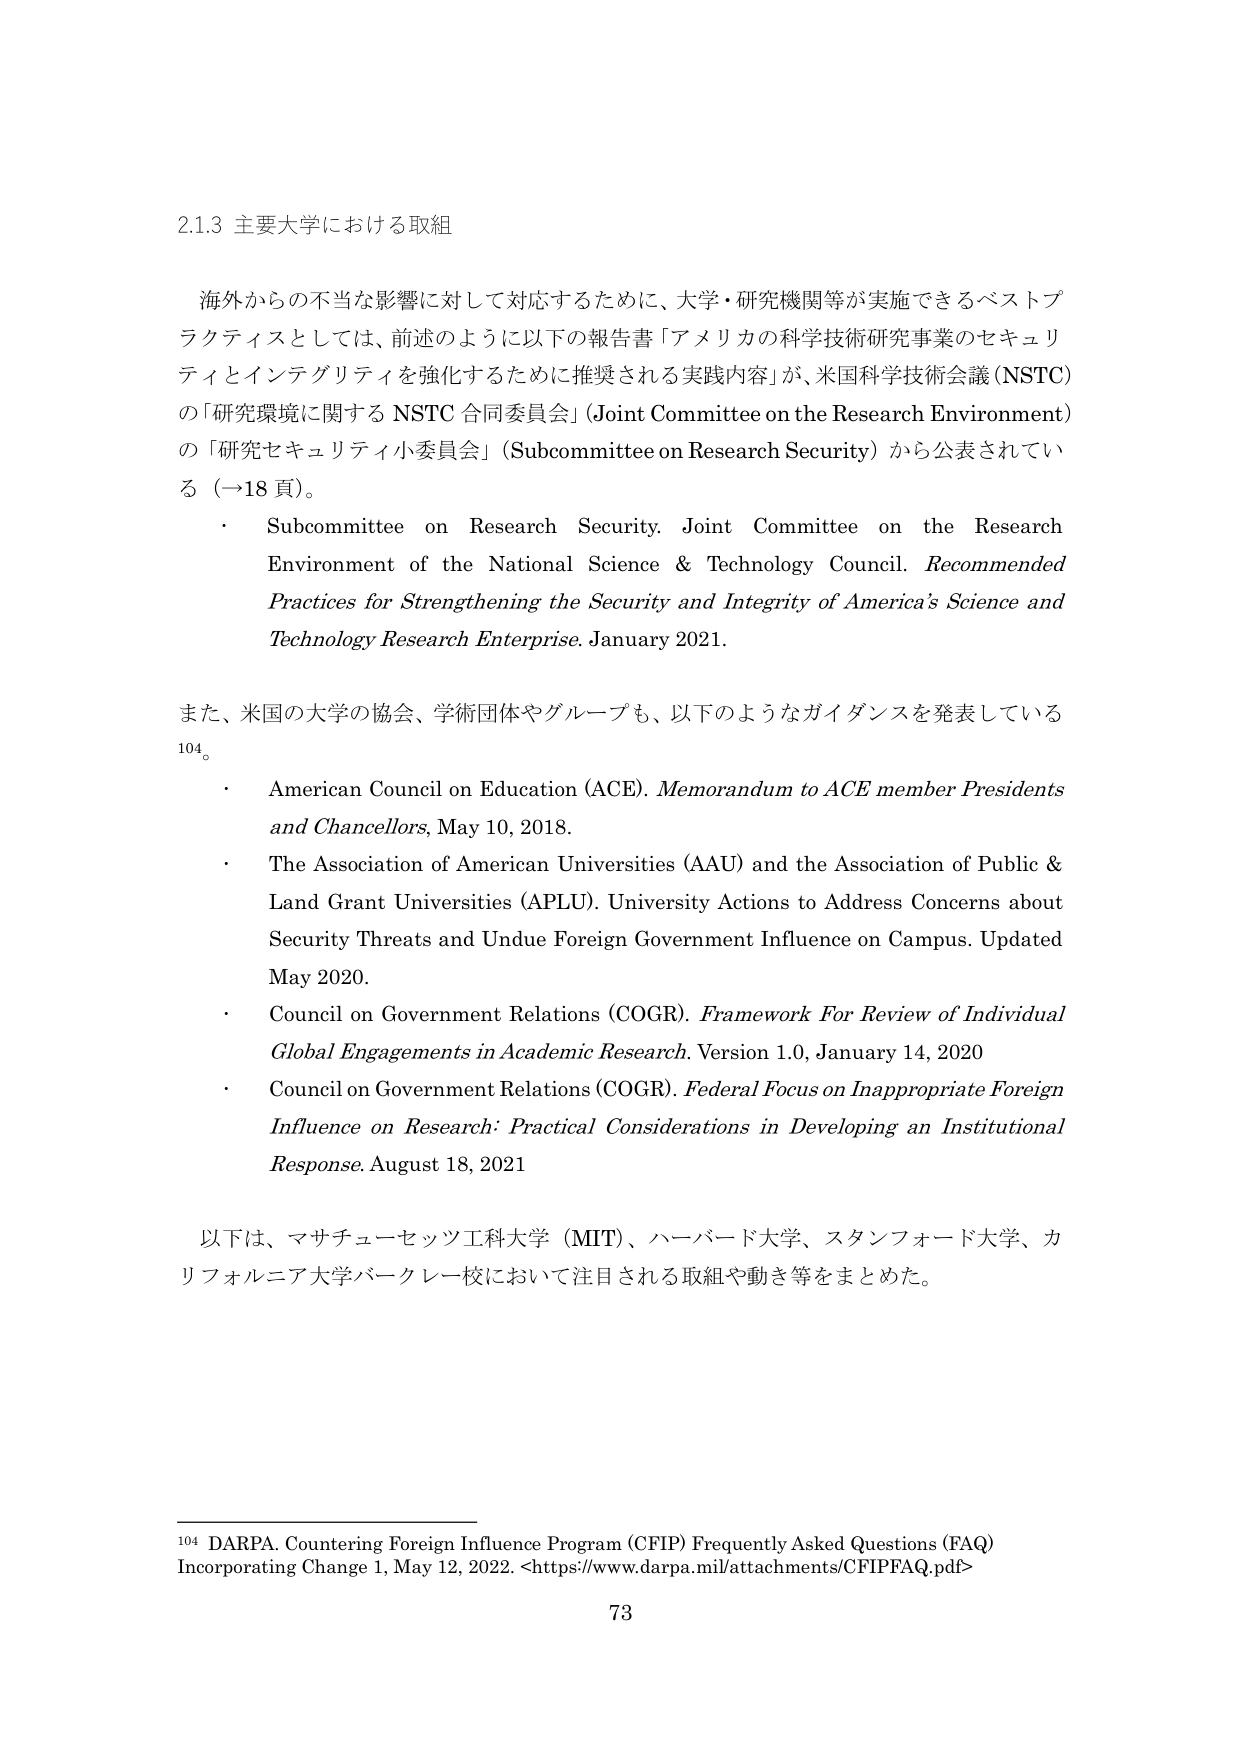
2.1.3 主要大学における取組

海外からの不当な影響に対して対応するために、大学・研究機関等が実施できるベストプラクティスとしては、前述のように以下の報告書「アメリカの科学技術研究事業のセキュリティとインテグリティを強化するために推奨される実践内容」が、米国科学技術会議（NSTC）の「研究環境に関する NSTC 合同委員会」（Joint Committee on the Research Environment）の「研究セキュリティ小委員会」（Subcommittee on Research Security）から公表されている（→18頁）。

・ Subcommittee on Research Security. Joint Committee on the Research Environment of the National Science & Technology Council. Recommended Practices for Strengthening the Security and Integrity of America’s Science and Technology Research Enterprise. January 2021.

また、米国の大学の協会、学術団体やグループも、以下のようなガイダンスを発表している104。

・ American Council on Education (ACE). Memorandum to ACE member Presidents and Chancellors, May 10, 2018.
・ The Association of American Universities (AAU) and the Association of Public & Land Grant Universities (APLU). University Actions to Address Concerns about Security Threats and Undue Foreign Government Influence on Campus. Updated May 2020.
・ Council on Government Relations (COGR). Framework For Review of Individual Global Engagements in Academic Research. Version 1.0, January 14, 2020
・ Council on Government Relations (COGR). Federal Focus on Inappropriate Foreign Influence on Research: Practical Considerations in Developing an Institutional Response. August 18, 2021

以下は、マサチューセッツ工科大学（MIT）、ハーバード大学、スタンフォード大学、カリフォルニア大学バークレー校において注目される取組や動き等をまとめた。

104 DARPA. Countering Foreign Influence Program (CFIP) Frequently Asked Questions (FAQ) Incorporating Change 1, May 12, 2022. <https://www.darpa.mil/attachments/CFIPFAQ.pdf>

73